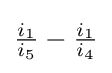
{\tfrac {i_{1}}{i_{5}}}-{\tfrac {i_{1}}{i_{4}}}